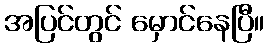
အပြင်တွင် မှောင်နေပြီ။